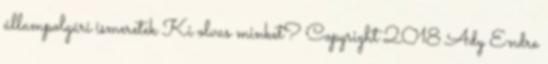
állampolgári ismeretek Ki olvas minket? Copyright 2018 Ady Endre